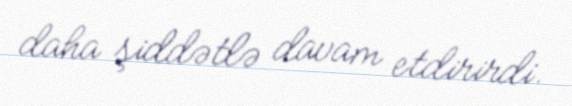
daha şiddətlə davam etdirirdi.